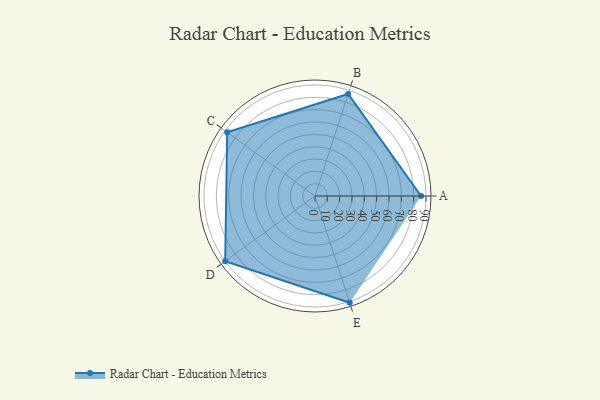
{"axis": {"x": "Skill", "y": "Score"}, "legend": ["Profile"], "data": [{"x": "A", "y": 86.0, "type": "Profile"}, {"x": "B", "y": 87.0, "type": "Profile"}, {"x": "C", "y": 88.0, "type": "Profile"}, {"x": "D", "y": 90.0, "type": "Profile"}, {"x": "E", "y": 91.0, "type": "Profile"}]}